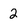
Character: 2